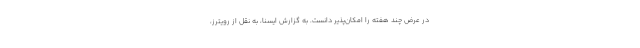
در عرض چند هفته را امکان‌پذیر دانست. به گزارش ایسنا، به نقل از رویترز،